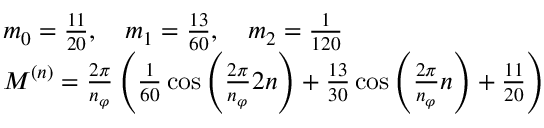
\begin{array} { r l } & { m _ { 0 } = \frac { 1 1 } { 2 0 } , \quad m _ { 1 } = \frac { 1 3 } { 6 0 } , \quad m _ { 2 } = \frac { 1 } { 1 2 0 } } \\ & { M ^ { ( n ) } = \frac { 2 \pi } { n _ { \varphi } } \left( \frac { 1 } { 6 0 } \cos \left( \frac { 2 \pi } { n _ { \varphi } } 2 n \right) + \frac { 1 3 } { 3 0 } \cos \left( \frac { 2 \pi } { n _ { \varphi } } n \right) + \frac { 1 1 } { 2 0 } \right) } \end{array}